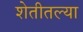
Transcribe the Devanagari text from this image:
शेतीतल्या